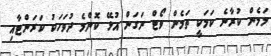
މަމެން ކުރާނެ ކަމަކީ ތަމެން ވޯޓް ނަގަން އުޅޭ ކޮންމެ ދުވަހަކު ކަރަންޓާއި